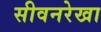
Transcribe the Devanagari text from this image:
सीवनरेखा